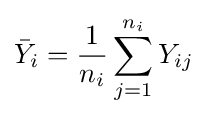
{\bar {Y}}_{i}={\frac {1}{n_{i}}}\sum _{j=1}^{n_{i}}Y_{ij}